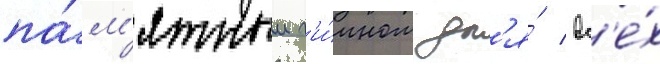
па́м'ятным г'и́мном дл'я́ вс'е́х